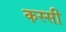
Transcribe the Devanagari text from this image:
कस्सी